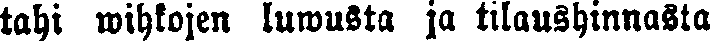
tahi wihkojen luwusta ja tilaushinnasta